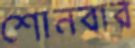
শোনবার